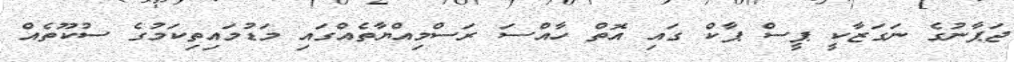
ޖަޕާނުގެ ނަގަޒާކީ ޕީސް ޕާކް ގައި އޮތް ހާއްސަ ރަސްމިއްޔާތެއްގައި މަޑުމައިތިކަމުގެ ސުކޫތެއް